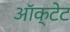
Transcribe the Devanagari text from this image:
ऑक्टेट